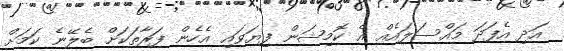
އަދި އެފަދަ މައްސަލައެއް އެ ކޮމިޝަން ފިޔަވައި އެހެން ފަރާތަކަށް ބެލޭނެ ކަމަށް